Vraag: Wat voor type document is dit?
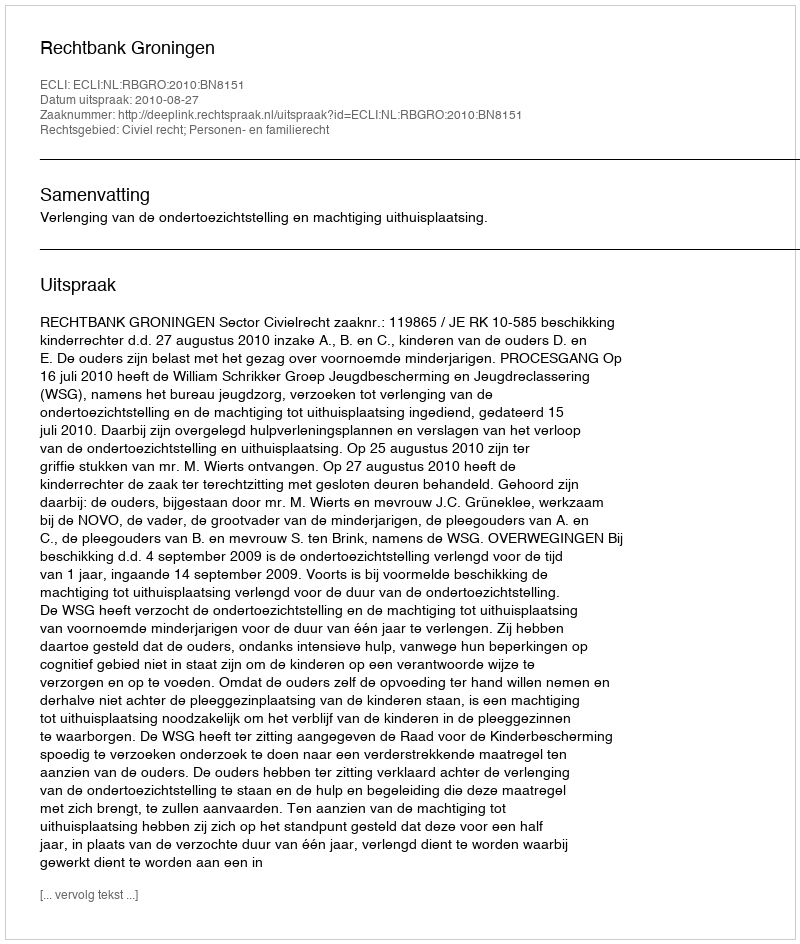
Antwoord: Uitspraak